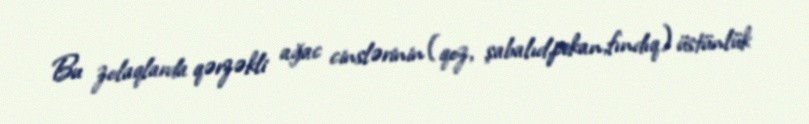
Bu zolaqlarda qərzəkli ağac cinslərinin (qoz, şabalıd,pekan,fındıq) üstünlük